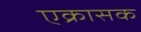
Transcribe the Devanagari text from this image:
एक्रासक